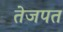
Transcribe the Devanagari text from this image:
तेजपत